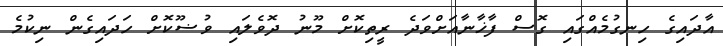
އާދައިގެ ހިނގުމެއްގައި ގޮސް ފާޚާނާއަށްވަދެ ރީތިކޮށް މޫނު ދޮވެލައި ވުޟޫކޮށް ހަދައިގެން ނިކުމެ